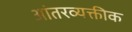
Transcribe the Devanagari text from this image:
आंतरव्यक्तीक